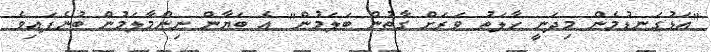
"އަޅުގަނޑުމެން މިދަނީ ހާލަތު ވަރަށް ގާތުން ބަލަމުން" އެ ބަޔާން ނިންމާލަމުން ބުނެފައިވެ